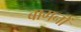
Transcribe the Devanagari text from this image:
बागनों